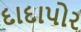
દાદાપોર